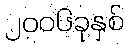
၂၀၀၆ခုနှစ်